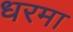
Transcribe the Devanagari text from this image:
धरमा